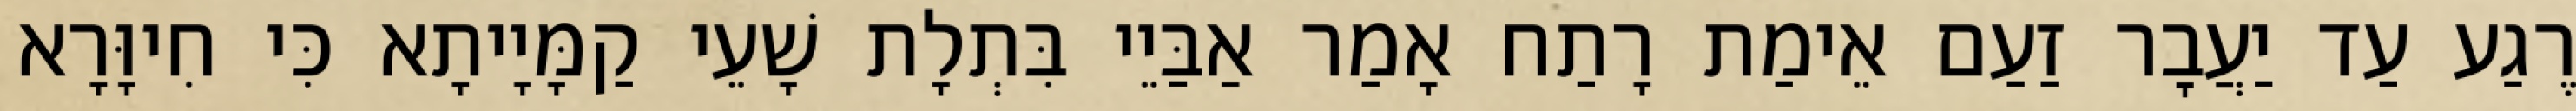
רֶגַע עַד יַעֲבׇר זַעַם אֵימַת רָתַח אָמַר אַבַּיֵי בִּתְלָת שָׁעֵי קַמָּיָיתָא כִּי חִיוָּרָא